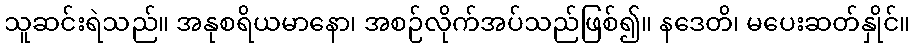
သူဆင်းရဲသည်။ အနုစရိယမာနော၊ အစဉ်လိုက်အပ်သည်ဖြစ်၍။ နဒေတိ၊ မပေးဆတ်နှိုင်။